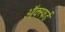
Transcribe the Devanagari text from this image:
ऑक्स्फर्ड